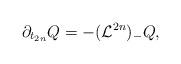
LaTeX: \begin{align*}\partial_{t_{2n}}Q=-(\mathcal{L}^{2n})_-Q,\end{align*}